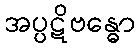
အပ္ပဋိဗန္ဓော